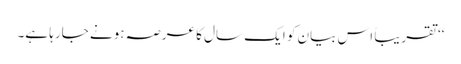
‘‘ تقریباً اس بیان کو ایک سال کا عرصہ ہونے جارہا ہے۔